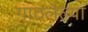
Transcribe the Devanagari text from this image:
गाठलेल्या